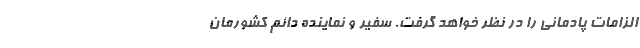
الزامات پادمانی را در نظر خواهد گرفت. سفیر و نماینده دائم کشورمان